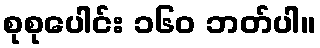
စုစုပေါင်း ၁၆၀ ဘတ်ပါ။